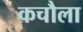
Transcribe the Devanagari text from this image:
कचौला